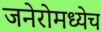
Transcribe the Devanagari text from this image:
जनेरोमध्येच